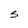
Character: S